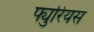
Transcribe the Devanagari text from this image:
फ्युरियस